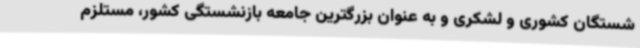
شستگان کشوری و لشکری و به عنوان بزرگترین جامعه بازنشستگی کشور، مستلزم